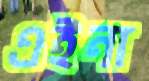
এইনা